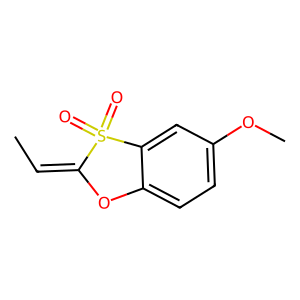
SMILES: CC=C1Oc2ccc(OC)cc2S1(=O)=O
Inhibits HIV replication: No